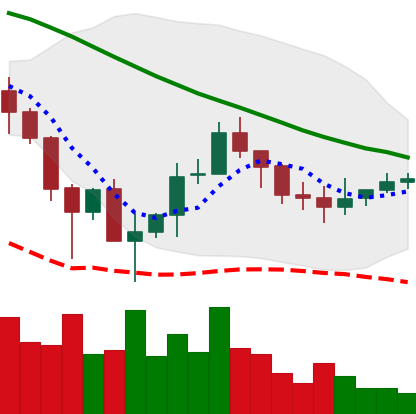
Ticker: ADA-USD
Chart end date: 2019-12-08
Forward return: -4.724%
Label: down_3_5